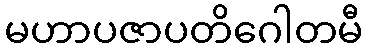
မဟာပဇာပတိဂေါတမီ